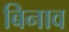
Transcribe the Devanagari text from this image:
बिनाव